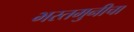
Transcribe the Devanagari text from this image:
भरतमुनीचा